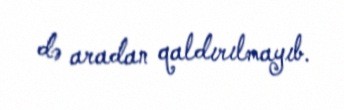
də aradan qaldırılmayıb.